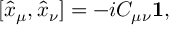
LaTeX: [ \hat { x } _ { \mu } , \hat { x } _ { \nu } ] = - i C _ { \mu \nu } { \bf 1 } ,